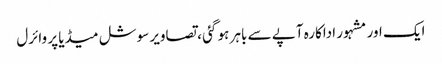
ایک اور مشہور اداکارہ آپے سے باہر ہو گئی ، تصاویر سوشل میڈیا پر وائرل